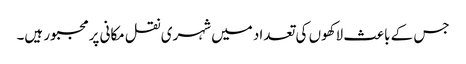
جس کے باعث لاکھوں کی تعداد میں شہری نقل مکانی پرمجبور ہیں۔